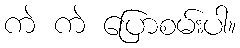
ကဲ ကဲ ပြောစမ်းပါ။